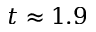
t \approx 1 . 9